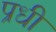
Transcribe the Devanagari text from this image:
प्रधी